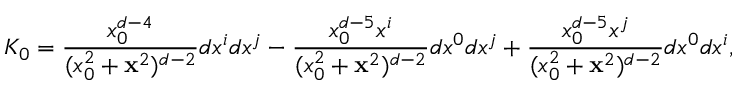
K _ { 0 } = { \frac { x _ { 0 } ^ { d - 4 } } { ( x _ { 0 } ^ { 2 } + { \bf x } ^ { 2 } ) ^ { d - 2 } } } d x ^ { i } d x ^ { j } - { \frac { x _ { 0 } ^ { d - 5 } x ^ { i } } { ( x _ { 0 } ^ { 2 } + { \bf x } ^ { 2 } ) ^ { d - 2 } } } d x ^ { 0 } d x ^ { j } + { \frac { x _ { 0 } ^ { d - 5 } x ^ { j } } { ( x _ { 0 } ^ { 2 } + { \bf x } ^ { 2 } ) ^ { d - 2 } } } d x ^ { 0 } d x ^ { i } ,